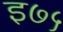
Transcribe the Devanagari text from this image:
इ७५